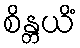
စိန္တယိံ